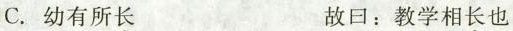
C. 幼有所长 故日：教学相长也